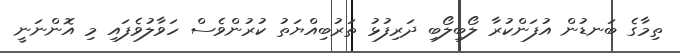
ތިމާގެ ބަނޑުން އުފަންކުރާ ލޯބިލޯބި ދަރިފުޅު ތަރުބިއްޔަތު ކުރުންވެސް ހަވާލުވެފައި މި އޮންނަނީ